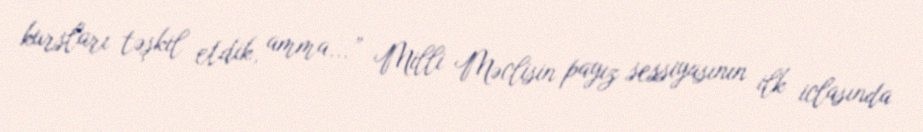
kursları təşkil etdik, amma...” Milli Məclisin payız sessiyasının ilk iclasında